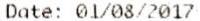
DATE: 01/08/2017